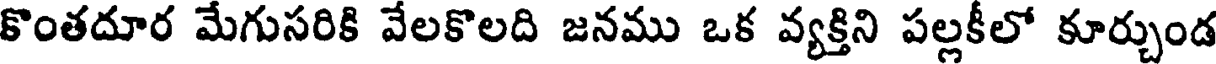
కొంతదూర మేగుసరికి వేలకొలది జనము ఒక వ్యక్తిని పల్లకీలో కూర్చుండ